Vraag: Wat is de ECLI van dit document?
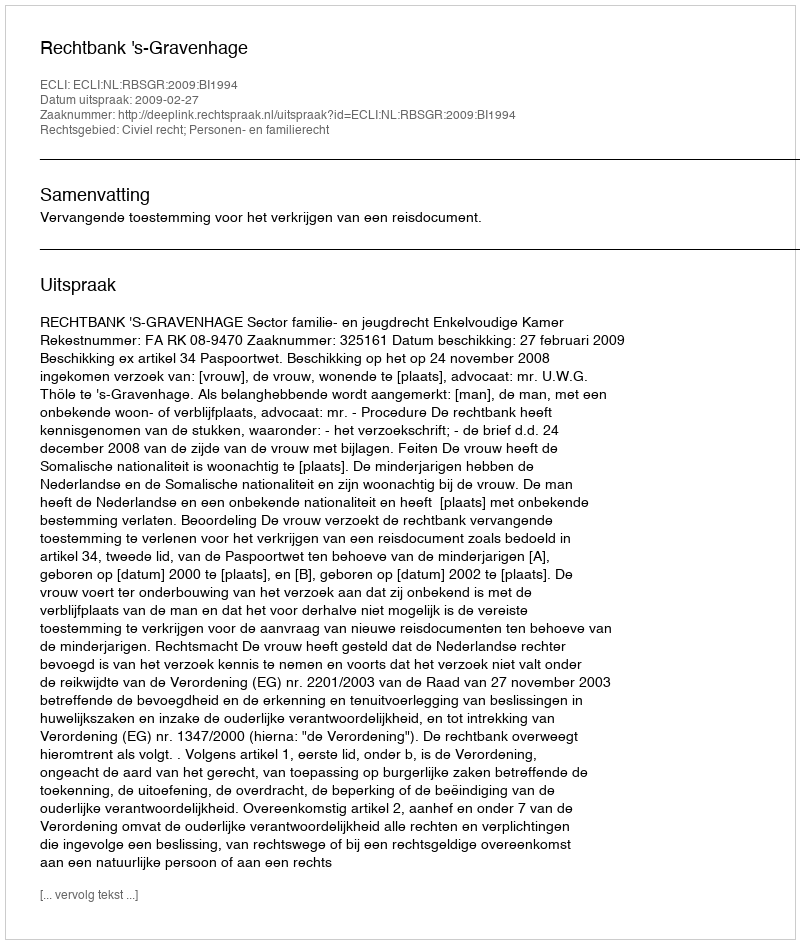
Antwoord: ECLI:NL:RBSGR:2009:BI1994